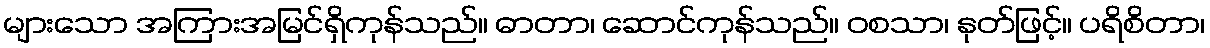
များသော အကြားအမြင်ရှိကုန်သည်။ ဓာတာ၊ ဆောင်ကုန်သည်။ ဝစသာ၊ နုတ်ဖြင့်။ ပရိစိတာ၊